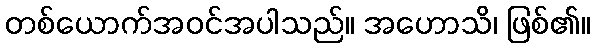
တစ်ယောက်အဝင်အပါသည်။ အဟောသိ၊ ဖြစ်၏။